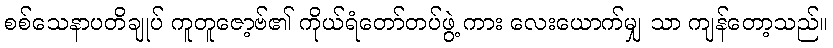
စစ်သေနာပတိချုပ် ကူတူဇော့ဗ်၏ ကိုယ်ရံတော်တပ်ဖွဲ့ ကား လေးယောက်မျှ သာ ကျန်တော့သည်။